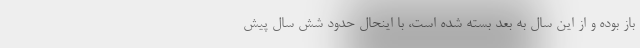
باز بوده و از این سال به بعد بسته شده است، با اینحال حدود شش سال پیش